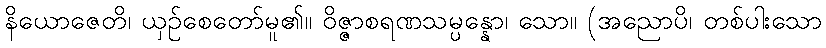
နိယောဇေတိ၊ ယှဉ်စေတော်မူ၏။ ဝိဇ္ဇာစရဏသမ္ပန္နော၊ သော။ (အညောပိ၊ တစ်ပါးသော